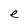
Character: e